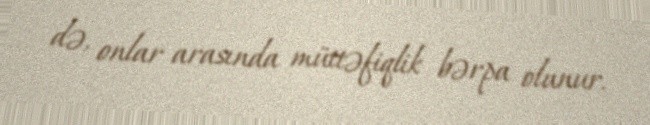
də, onlar arasında müttəfiqlik bərpa olunur.